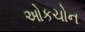
ઓકચોન